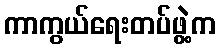
ကာကွယ်ရေးတပ်ဖွဲ့က